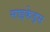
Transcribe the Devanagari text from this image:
साइकेड्स